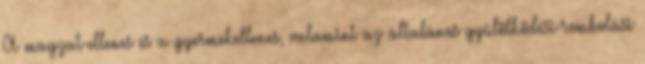
A magzat-ellenes és a gyermekellenes, valamint az általános gyûlölködési-rombolási